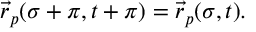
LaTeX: \vec { r } _ { p } ( \sigma + \pi , t + \pi ) = \vec { r } _ { p } ( \sigma , t ) .